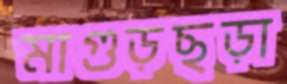
মাগুড়ছড়া